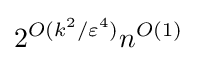
2^{O(k^{2}/\varepsilon ^{4})}n^{O(1)}